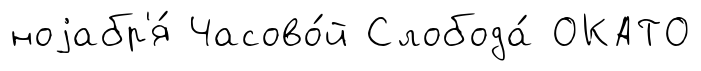
ноjабр'я́ Часово́й Слобода́ ОКАТО